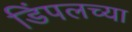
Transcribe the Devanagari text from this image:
डिंपलच्या